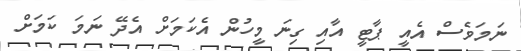
ނަމަވެސް އެއީ ޕާޓީ އާއި ގިނަ މީހުން އެކަމަށް އެދޭ ނަމަ ކަމަށް